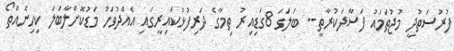
ފުރުސަތުދީ މުޖުތަމައު ފަސާދަކުރާތީ-- ބަލަގަ 8ގަޑިއިރު ތިމާގެ ދަރިފުޅުކައިރީގައި އެއްދުވަހު މަޑުކޮށްލާބަލަ ކިހިނެއްތޯ